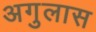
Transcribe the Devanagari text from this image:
अगुलास